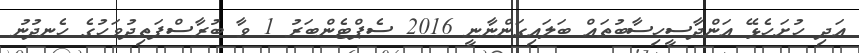
އަދި ހުށަހެޅޭ އަންދާސީހިސާބުތައް ބަލައިގަންނާނީ 2016 ސެޕްޓެންބަރު 1 ވާ ބުރާސްފަތިދުވަހުގެ ހެނދުނު